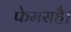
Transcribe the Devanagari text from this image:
फेमसहै।